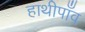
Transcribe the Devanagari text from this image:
हाथीपाँव